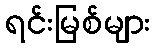
ရင်းမြစ်များ